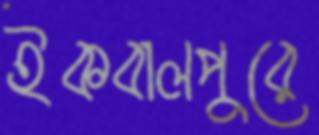
ইকবালপুরে